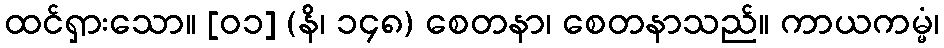
ထင်ရှားသော။ [၀၁] (နိ၊ ၁၄၈) စေတနာ၊ စေတနာသည်။ ကာယကမ္မံ၊